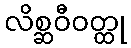
လိစ္ဆဝီဝတ္ထု